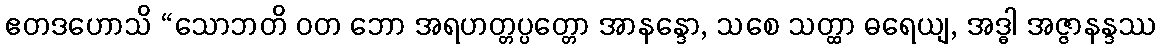
ဧတဒဟောသိ “သောဘတိ ဝတ ဘော အရဟတ္တပ္ပတ္တော အာနန္ဒော, သစေ သတ္ထာ ဓရေယျ, အဒ္ဓါ အဇ္ဇာနန္ဒဿ